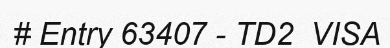
# Entry 63407 - TD2_VISA